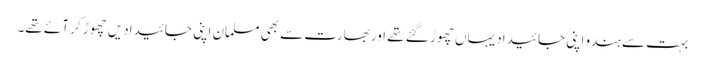
بہت سے ہندو اپنی جائیداد یہاں چھوڑ گئے تھے اور بھارت سے بھی مسلمان اپنی جائیدادیں چھوڑ کر آئے تھے۔